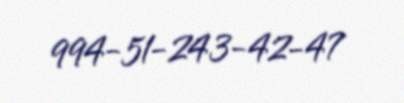
994-51-243-42-47